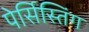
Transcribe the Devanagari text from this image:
पेर्सिस्तिंग